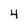
Character: 4